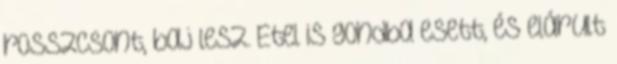
rosszcsont, baj lesz. Etel is gondba esett, és elárult